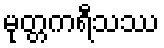
မုတ္တကရီသဿ